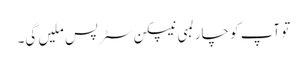
تو آپ کو چار لمبی نیپکن سٹرپس ملیں گی۔